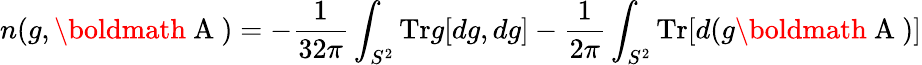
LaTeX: n(g,\mathrm{\boldmath~A~})=-\frac{1}{32\pi}\int_{S^{2}}\mathrm{Tr}g[dg,dg]-\frac{1}{2\pi}\int_{S^{2}}\mathrm{Tr}[d(g\mathrm{\boldmath~A~})]